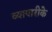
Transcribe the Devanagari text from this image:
व्‍यापारीके